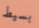
بسيط